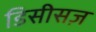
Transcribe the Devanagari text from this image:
डिसीसज़